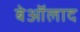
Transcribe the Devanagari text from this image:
बेऑलाद